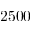
2 5 0 0